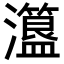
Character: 𤃾